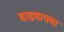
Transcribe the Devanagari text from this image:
वाढवायचा